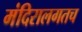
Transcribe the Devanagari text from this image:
मंदिरालगतच